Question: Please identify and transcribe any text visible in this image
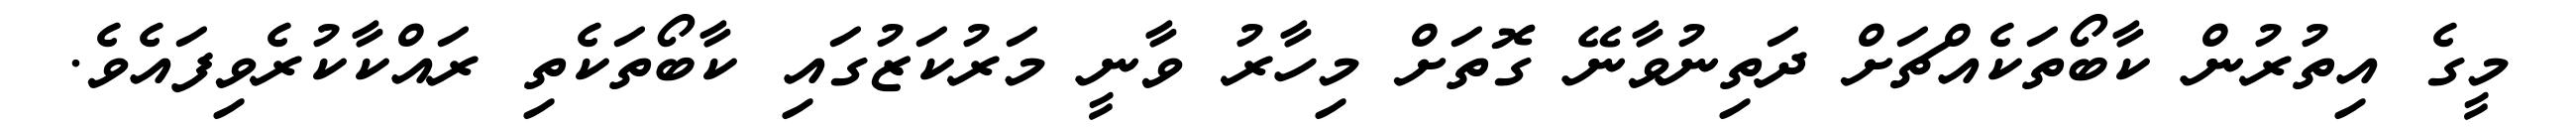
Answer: މީގެ އިތުރުން ކާބޯތަކެއްޗަށް ދަތިނުވާނޭ ގޮތަށް މިހާރު ވާނީ މަރުކަޒުގައި ކާބޯތަކެތި ރައްކާކުރެވިފައެވެ.